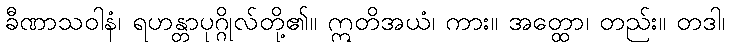
ခီဏာသဝါနံ၊ ရဟန္တာပုဂ္ဂိုလ်တို့၏။ ဣတိအယံ၊ ကား။ အတ္ထော၊ တည်း။ တဒါ၊